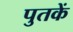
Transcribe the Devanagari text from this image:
पुतकें